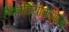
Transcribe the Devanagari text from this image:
हैंकार्डियोमायोपैथी